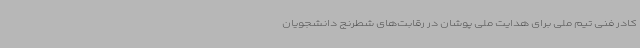
کادر فنی تیم‌ ملی برای هدایت ملی پوشان در رقابت‌های شطرنج دانشجویان